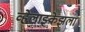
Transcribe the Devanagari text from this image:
व्हेलाझ्केझला